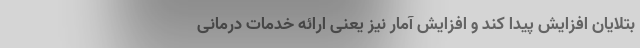
بتلایان افزایش پیدا کند و افزایش آمار نیز یعنی ارائه خدمات درمانی